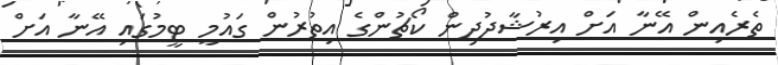
ތެރެއިން އޭނާ އަށް އިރުޝާދުދިން ކޯޗުންގެ އިތުރުން ގައުމީ ޓީމުގައި އޭނާ އަށް